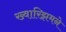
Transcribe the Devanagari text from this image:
ख्वारिझमने